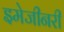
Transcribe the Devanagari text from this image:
इमेजीनरी